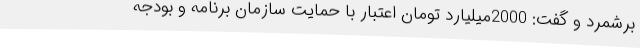
برشمرد و گفت: 2000میلیارد تومان اعتبار با حمایت سازمان برنامه و بودجه